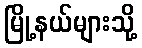
မြို့နယ်များသို့